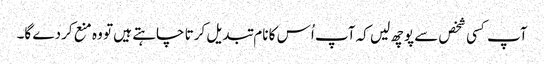
آپ کسی شخص سے پوچھ لیں کہ آپ اُس کا نام تبدیل کرتا چاہتے ہیں تو وہ منع کردے گا۔